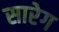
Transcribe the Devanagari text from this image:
सारेग